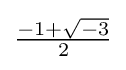
{\textstyle {\frac {-1+{\sqrt {-3}}}{2}}}